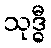
သုဒ္ဓီ